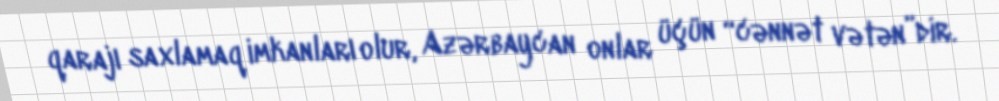
qarajı saxlamaq imkanları olur, Azərbaycan onlar üçün “cənnət vətən”dir.